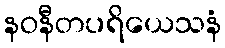
နဝနီတပရိယေသနံ